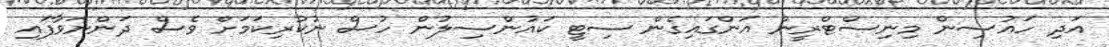
އަދި ހައުސިން މިނިސްޓްރީން އަންގައިގެން ސިޓީ ކައުންސިލުން ހުސް ނުކުރިކަމަށް ވެސް ދަންނަވާފައި